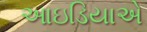
આઇડિયાએ